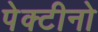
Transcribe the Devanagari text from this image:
पेक्टीनो